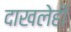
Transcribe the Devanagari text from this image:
दाखलेही